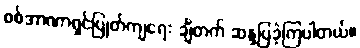
စစ်အာဏာရှင်ပြုတ်ကျရေး ချီတက် ဆန္ဒပြခဲ့ကြပါတယ်။